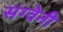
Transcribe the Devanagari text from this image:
संग्वेनी